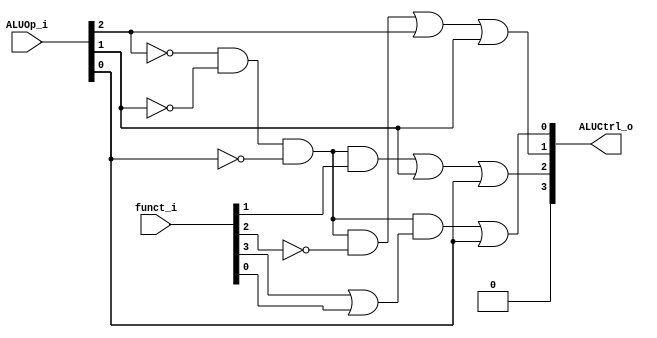
//109550070
//Subject:     CO project 2 - ALU Controller
//--------------------------------------------------------------------------------
//Version:     1
//--------------------------------------------------------------------------------
//Writer:      
//----------------------------------------------
//Date:        
//----------------------------------------------
//Description: 
//--------------------------------------------------------------------------------

module ALU_Ctrl(
          funct_i,
          ALUOp_i,
          ALUCtrl_o,
          );
          
//I/O ports 
input      [6-1:0] funct_i;
input      [3-1:0] ALUOp_i;

output     [4-1:0] ALUCtrl_o;    
     
//Internal Signals
reg        [4-1:0] ALUCtrl_o;
//Parameter

//Select exact operation
wire r_format;

assign r_format = ~ALUOp_i[2] & ~ALUOp_i[1] & ~ALUOp_i[0];

always @(ALUOp_i or funct_i) begin
    ALUCtrl_o[3] <= 0;
    ALUCtrl_o[2] <= (r_format & funct_i[1]) | ALUOp_i[1] | ALUOp_i[0];
    ALUCtrl_o[1] <= (r_format & ~funct_i[2]) | ALUOp_i[2] | ALUOp_i[1];
    ALUCtrl_o[0] <= (r_format & (funct_i[3] | funct_i[0])) | ALUOp_i[0];
//    $display("ALUOp= ", ALUOp_i);
//    $display("func= ", funct_i);
//    $display("ALUCtrl_o= ", ALUCtrl_o);
end

endmodule